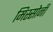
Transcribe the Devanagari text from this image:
मिस्सोनी